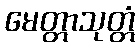
မေတ္တာသုတ္တံ